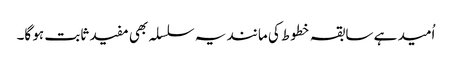
اُمید ہے سابقہ خطوط کی مانند یہ سلسلہ بھی مفید ثابت ہو گا۔